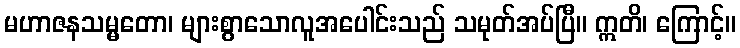
မဟာဇနသမ္မတော၊ များစွာသောလူအပေါင်းသည် သမုတ်အပ်ပြီ။ ဣတိ၊ ကြောင့်။